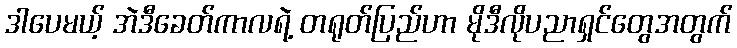
ဒါပေမယ့် အဲဒီခေတ်ကာလရဲ့ တရုတ်ပြည်ဟာ မိုဒီလိုပညာရှင်တွေအတွက်